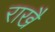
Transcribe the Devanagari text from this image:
राखै